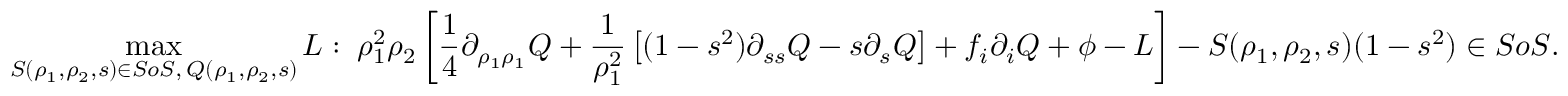
\operatorname* { m a x } _ { S ( \rho _ { 1 } , \rho _ { 2 } , s ) \in S o S , \, Q ( \rho _ { 1 } , \rho _ { 2 } , s ) } L : \; \rho _ { 1 } ^ { 2 } \rho _ { 2 } \left[ \frac { 1 } { 4 } \partial _ { \rho _ { 1 } \rho _ { 1 } } Q + \frac { 1 } { \rho _ { 1 } ^ { 2 } } \left[ ( 1 - s ^ { 2 } ) \partial _ { s s } Q - s \partial _ { s } Q \right] + f _ { i } \partial _ { i } Q + \phi - L \right] - S ( \rho _ { 1 } , \rho _ { 2 } , s ) ( 1 - s ^ { 2 } ) \in S o S .